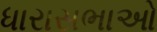
ધારાસભાઓ